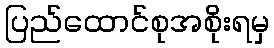
ပြည်ထောင်စုအစိုးရမှ